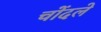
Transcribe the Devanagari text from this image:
चोंदले